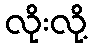
လိုးလို့